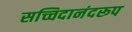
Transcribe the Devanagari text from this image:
सच्चिदानंदरूप